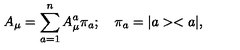
A _ { \mu } = \sum _ { a = 1 } ^ { n } A _ { \mu } ^ { a } \pi _ { a } ; \quad \pi _ { a } = | a > < a | ,